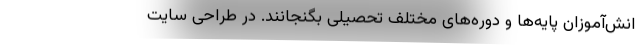
انش‌آموزان پایه‌ها و دوره‌های مختلف تحصیلی بگنجانند. در طراحی سایت